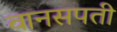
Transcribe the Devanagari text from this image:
वानसपती